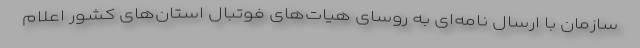
سازمان با ارسال نامه‌ای به روسای هیات‌های فوتبال استان‌های کشور اعلام